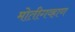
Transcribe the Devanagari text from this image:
मोतीगव्हाण